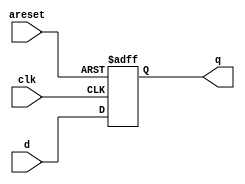
module top_module(
    input clk,
    input areset,
    input [7:0] d,
    output [7:0] q
); 
    always @(posedge clk, posedge areset)begin
        if (areset)begin q<=8'b0;end
        else begin q<=d;end
    end

	// In Verilog, the sensitivity list looks strange. The FF's reset is sensitive to the
	// *level* of areset, so why does using "posedge areset" work?
	// To see why it works, consider the truth table for all events that change the input 
	// signals, assuming clk and areset do not switch at precisely the same time:
	
	//  clk		areset		output
	//   x		 0->1		q <= 0; (because areset = 1)
	//   x		 1->0		no change (always block not triggered)
	//  0->1	   0		q <= d; (not resetting)
	//  0->1	   1		q <= 0; (still resetting, q was 0 before too)
	//  1->0	   x		no change (always block not triggered)

endmodule